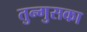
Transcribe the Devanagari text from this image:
तुन्गुसका